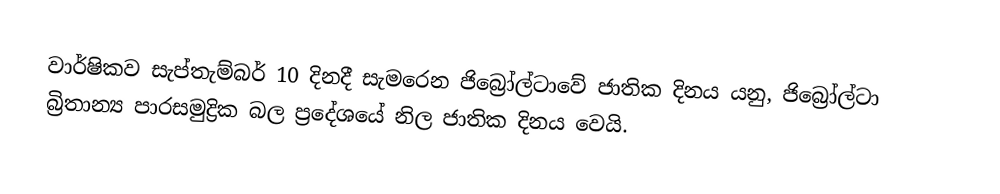
වාර්ෂිකව සැප්තැම්බර් 10 දිනදී සැමරෙන ජිබ්‍රෝල්ටාවේ ජාතික දිනය යනු, ජිබ්‍රෝල්ටා  බ්‍රිතාන්‍ය පාරසමුද්‍රික බල ප්‍රදේශයේ නිල ජාතික දිනය වෙයි.